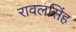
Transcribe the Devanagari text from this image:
रावलसिंह